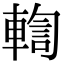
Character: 輷